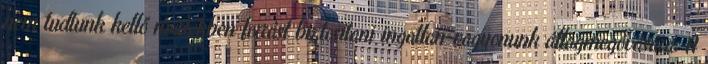
nem tudtunk kellő mértékben forrást biztosítani ingatlan-vagyonunk állagmegóvására. A